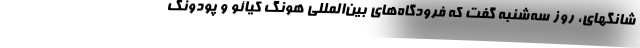
شانگهای، روز سه‌شنبه گفت که فرودگاه‌های بین‌المللی هونگ کیائو و پودونگ